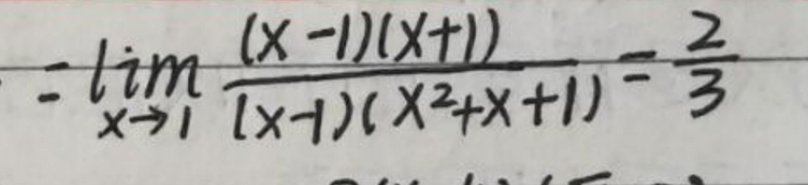
$\lim_{x \to 1} \frac{(x - 1)(x + 1)}{(x + 1)(x^2 + x + 1)}=\frac{2}{3}$